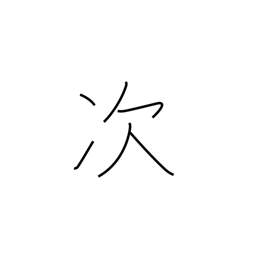
Meaning: next